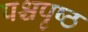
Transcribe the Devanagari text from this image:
पश्चपृष्ठ